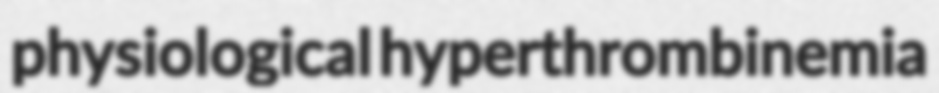
physiological hyperthrombinemia